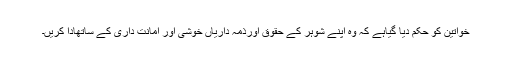
خواتین کو حکم دیا گیاہے کہ وہ اپنے شوہر کے حقوق اورذمہ داریاں خوشی اور امانت داری کے ساتھادا کریں۔